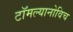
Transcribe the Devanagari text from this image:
टॉमल्यानोविच